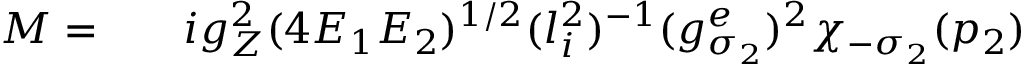
\begin{array} { r l r } { { \cal M } = } & { { } } & { i g _ { Z } ^ { 2 } ( 4 E _ { 1 } E _ { 2 } ) ^ { 1 / 2 } ( l _ { i } ^ { 2 } ) ^ { - 1 } ( g _ { \sigma _ { 2 } } ^ { e } ) ^ { 2 } \chi _ { - \sigma _ { 2 } } ( p _ { 2 } ) } \end{array}